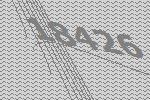
18426